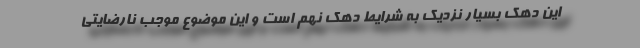
این دهک بسیار نزدیک به شرایط دهک نهم است و این موضوع موجب نارضایتی